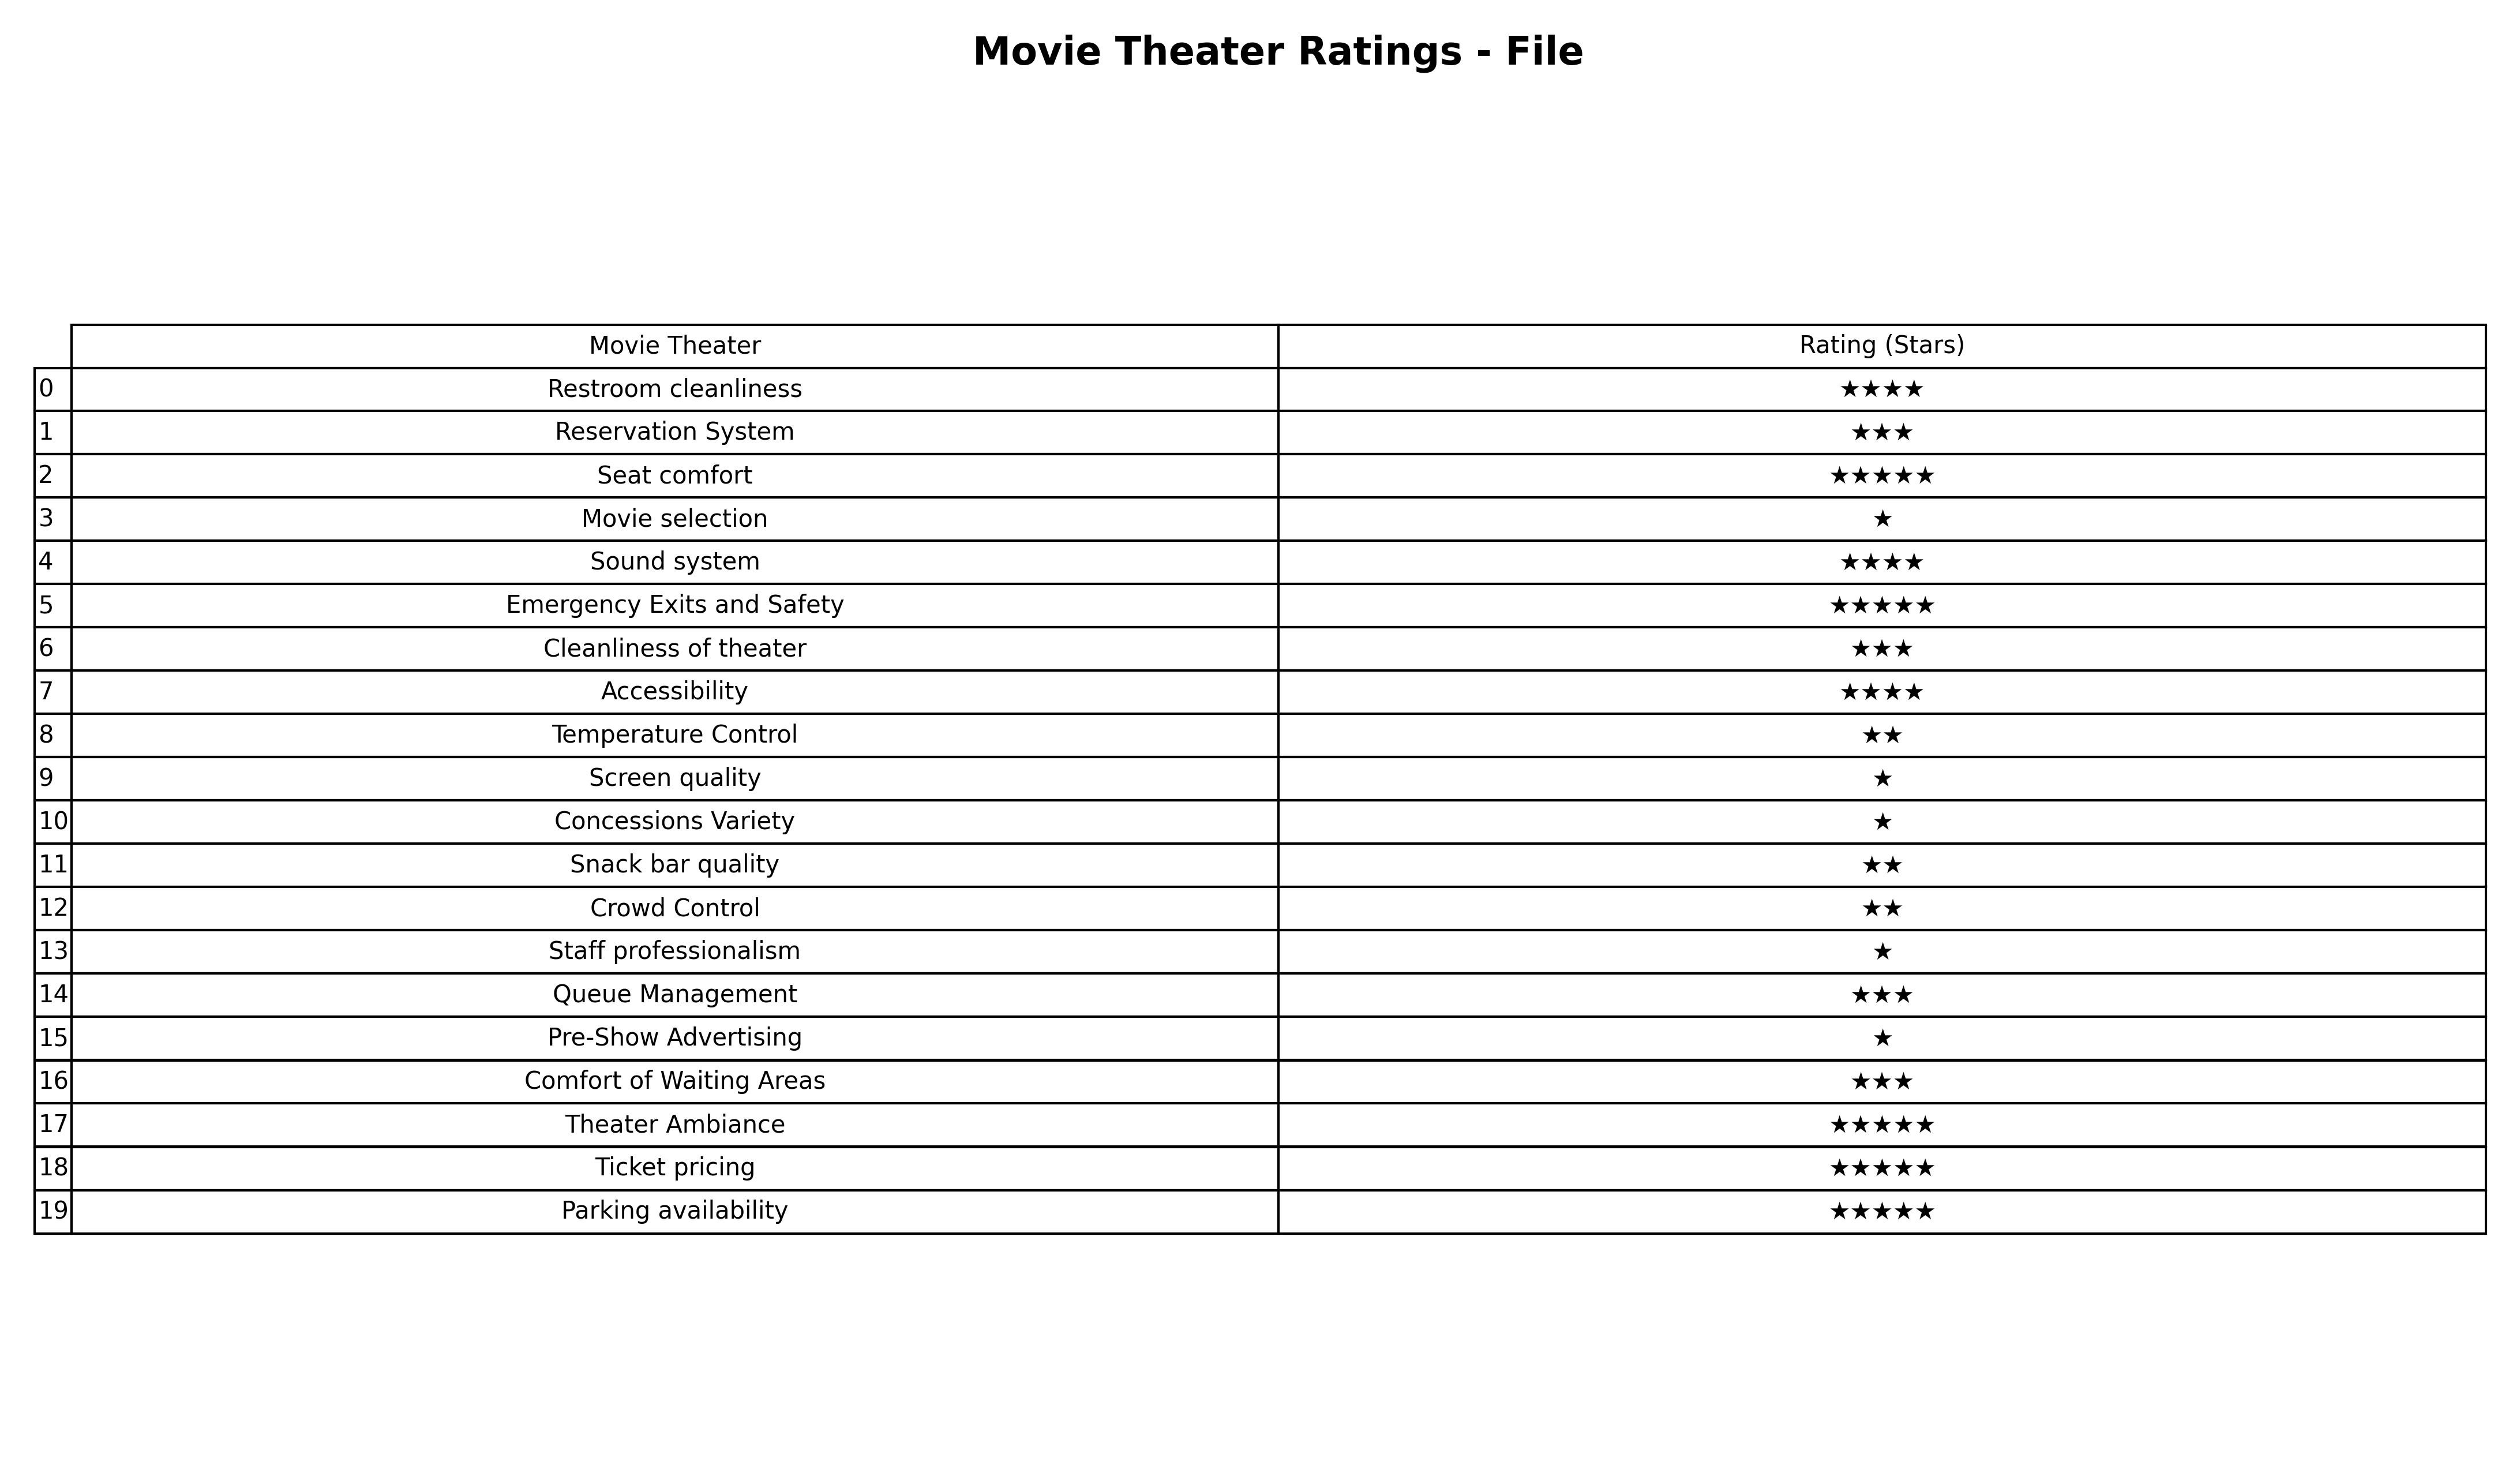
question: What is the rating of Screen quality?
answer: ★